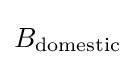
B_{\mathrm {domestic} }